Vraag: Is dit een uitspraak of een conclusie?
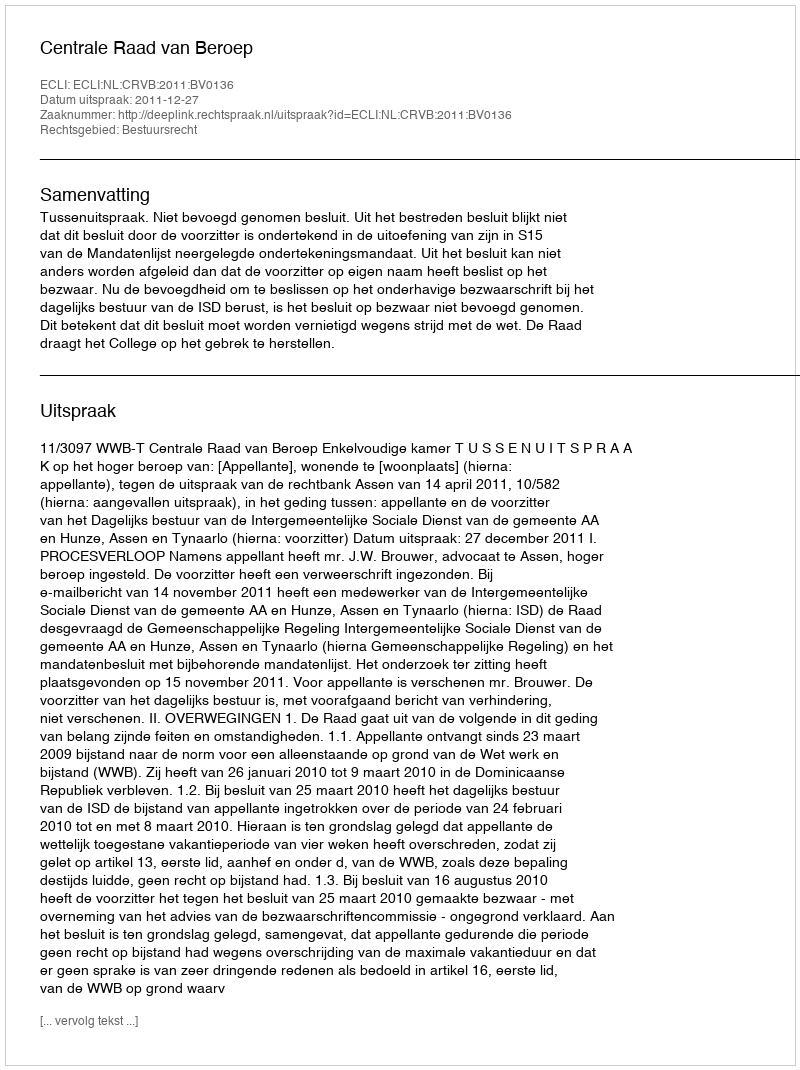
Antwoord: Uitspraak